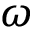
{ \boldsymbol \omega }